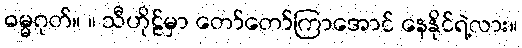
ဓမ္မဂုတ်။ ။ သီဟိုဠ်မှာ တော်တော်ကြာအောင် နေနိုင်ရဲ့လား။